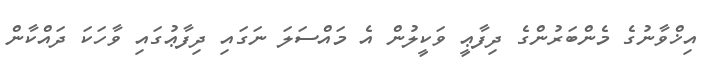
އިޚްވާނުގެ މެންބަރުންގެ ދިފާޢީ ވަކީލުން އެ މައްސަލަ ނަގައި ދިފާޢުގައި ވާހަކަ ދައްކާން